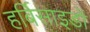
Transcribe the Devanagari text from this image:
हर्बिसाइडों